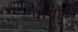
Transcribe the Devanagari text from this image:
पागोटी